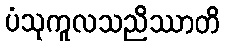
ပံသုကူလသညိဿာတိ